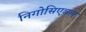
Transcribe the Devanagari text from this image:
निगोसिएबल